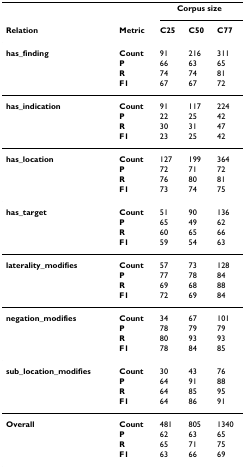
|  |  | <COLSPAN=3> Corpus size |
 | Relation | Metric | C25 | C50 | C77 |
 | --- | --- | --- | --- | --- |
 | has_finding | Count | 91 | 216 | 311 |
 |  | P | 66 | 63 | 65 |
 |  | R | 74 | 74 | 81 |
 |  | F1 | 67 | 67 | 72 |
 | has_indication | Count | 91 | 117 | 224 |
 |  | P | 22 | 25 | 42 |
 |  | R | 30 | 31 | 47 |
 |  | F1 | 23 | 25 | 42 |
 | has_location | Count | 127 | 199 | 364 |
 |  | P | 72 | 71 | 72 |
 |  | R | 76 | 80 | 81 |
 |  | F1 | 73 | 74 | 75 |
 | has_target | Count | 51 | 90 | 136 |
 |  | P | 65 | 49 | 62 |
 |  | R | 60 | 65 | 66 |
 |  | F1 | 59 | 54 | 63 |
 | laterality_modifies | Count | 57 | 73 | 128 |
 |  | P | 77 | 78 | 84 |
 |  | R | 69 | 68 | 88 |
 |  | F1 | 72 | 69 | 84 |
 | negation_modifies | Count | 34 | 67 | 101 |
 |  | P | 78 | 79 | 79 |
 |  | R | 80 | 93 | 93 |
 |  | F1 | 78 | 84 | 85 |
 | sub_location_modifies | Count | 30 | 43 | 76 |
 |  | P | 64 | 91 | 88 |
 |  | R | 64 | 85 | 95 |
 |  | F1 | 64 | 86 | 91 |
 | Overall | Count | 481 | 805 | 1340 |
 |  | P | 62 | 63 | 65 |
 |  | R | 65 | 71 | 75 |
 |  | F1 | 63 | 66 | 69 |